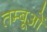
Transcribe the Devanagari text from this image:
तम्बूओं